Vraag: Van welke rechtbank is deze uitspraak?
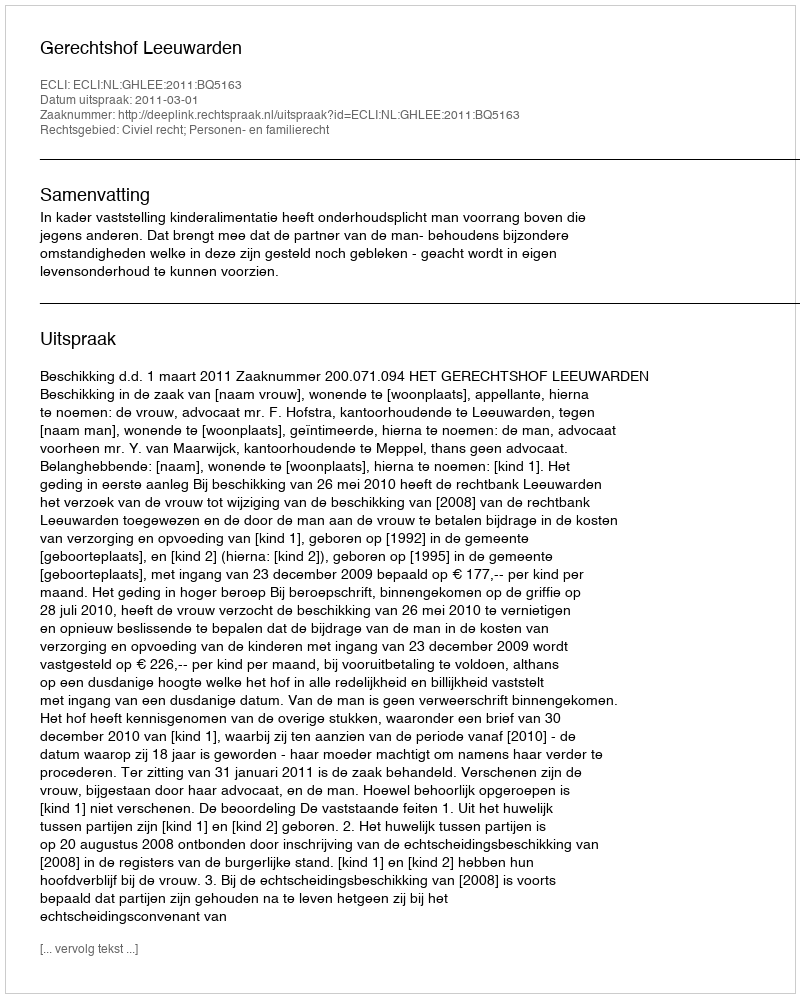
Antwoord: Gerechtshof Leeuwarden